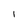
Character: 1